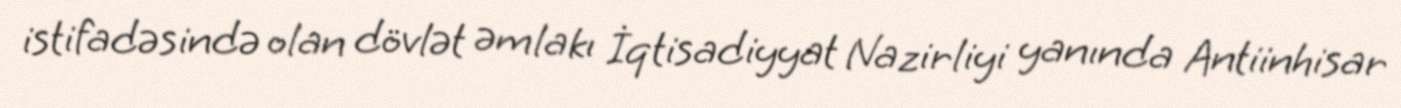
istifadəsində olan dövlət əmlakı İqtisadiyyat Nazirliyi yanında Antiinhisar